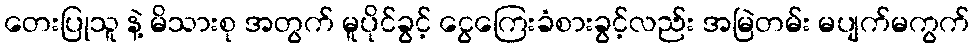
တေးပြုသူ နဲ့ မိသားစု အတွက် မူပိုင်ခွင့် ငွေကြေးခံစားခွင့်လည်း အမြဲတမ်း မပျက်မကွက်